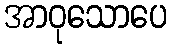
အာဝုသောပေ